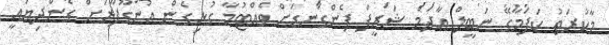
މާކުރަތު ކަފަމާގޭ ނަބީލް އާދަމް ޝަރީފް ފެންގަނޑަށް ވެއްޓުމާ ގުޅިގެން އުނގޫފާާރަށް ގެންދިޔައީ